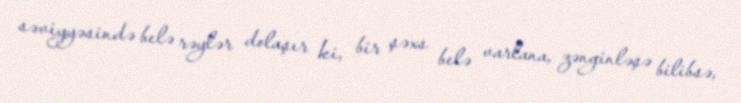
səviyyəsində belə rəylər dolaşır ki, bir şəxs belə varlana, zənginləşə bilibsə,